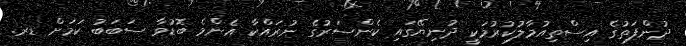
ދުންފަތުގެ އިސްތިއުމާލުކުރުމަކީ ދުނިޔޭގައި ކެންސަރުގެ ނުރައްކާ އެންމެ ބޮޑުވާ ސަބަބު ކަމަށް ޑރ.